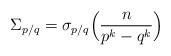
LaTeX: \begin{align*}\Sigma_{p/q} = \sigma_{p/q}\Bigl(\frac{n}{p^k - q^k}\Bigr) \end{align*}